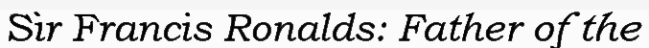
Sir Francis Ronalds: Father of the